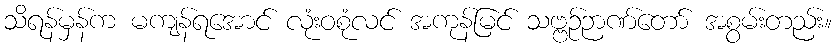
သိရန်မှန်က မကျန်ရအောင် လုံးဝစုံလင် အကုန်မြင် သဗ္ဗဉ်ဉာဏ်တော် အစွမ်းတည်း။